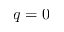
q = 0